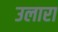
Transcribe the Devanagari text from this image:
उलारा